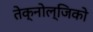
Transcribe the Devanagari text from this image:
तेक्नोल्जिको